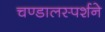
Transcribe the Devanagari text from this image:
चण्डालस्पर्शने